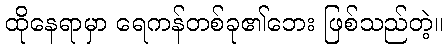
ထိုနေရာမှာ ရေကန်တစ်ခု၏ဘေး ဖြစ်သည်တဲ့။